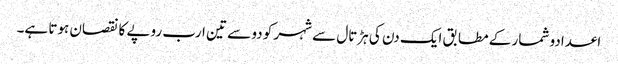
اعدادو شمار کے مطابق ایک دن کی ہڑتال سے شہر کو دو سے تین ارب روپے کا نقصان ہوتا ہے۔